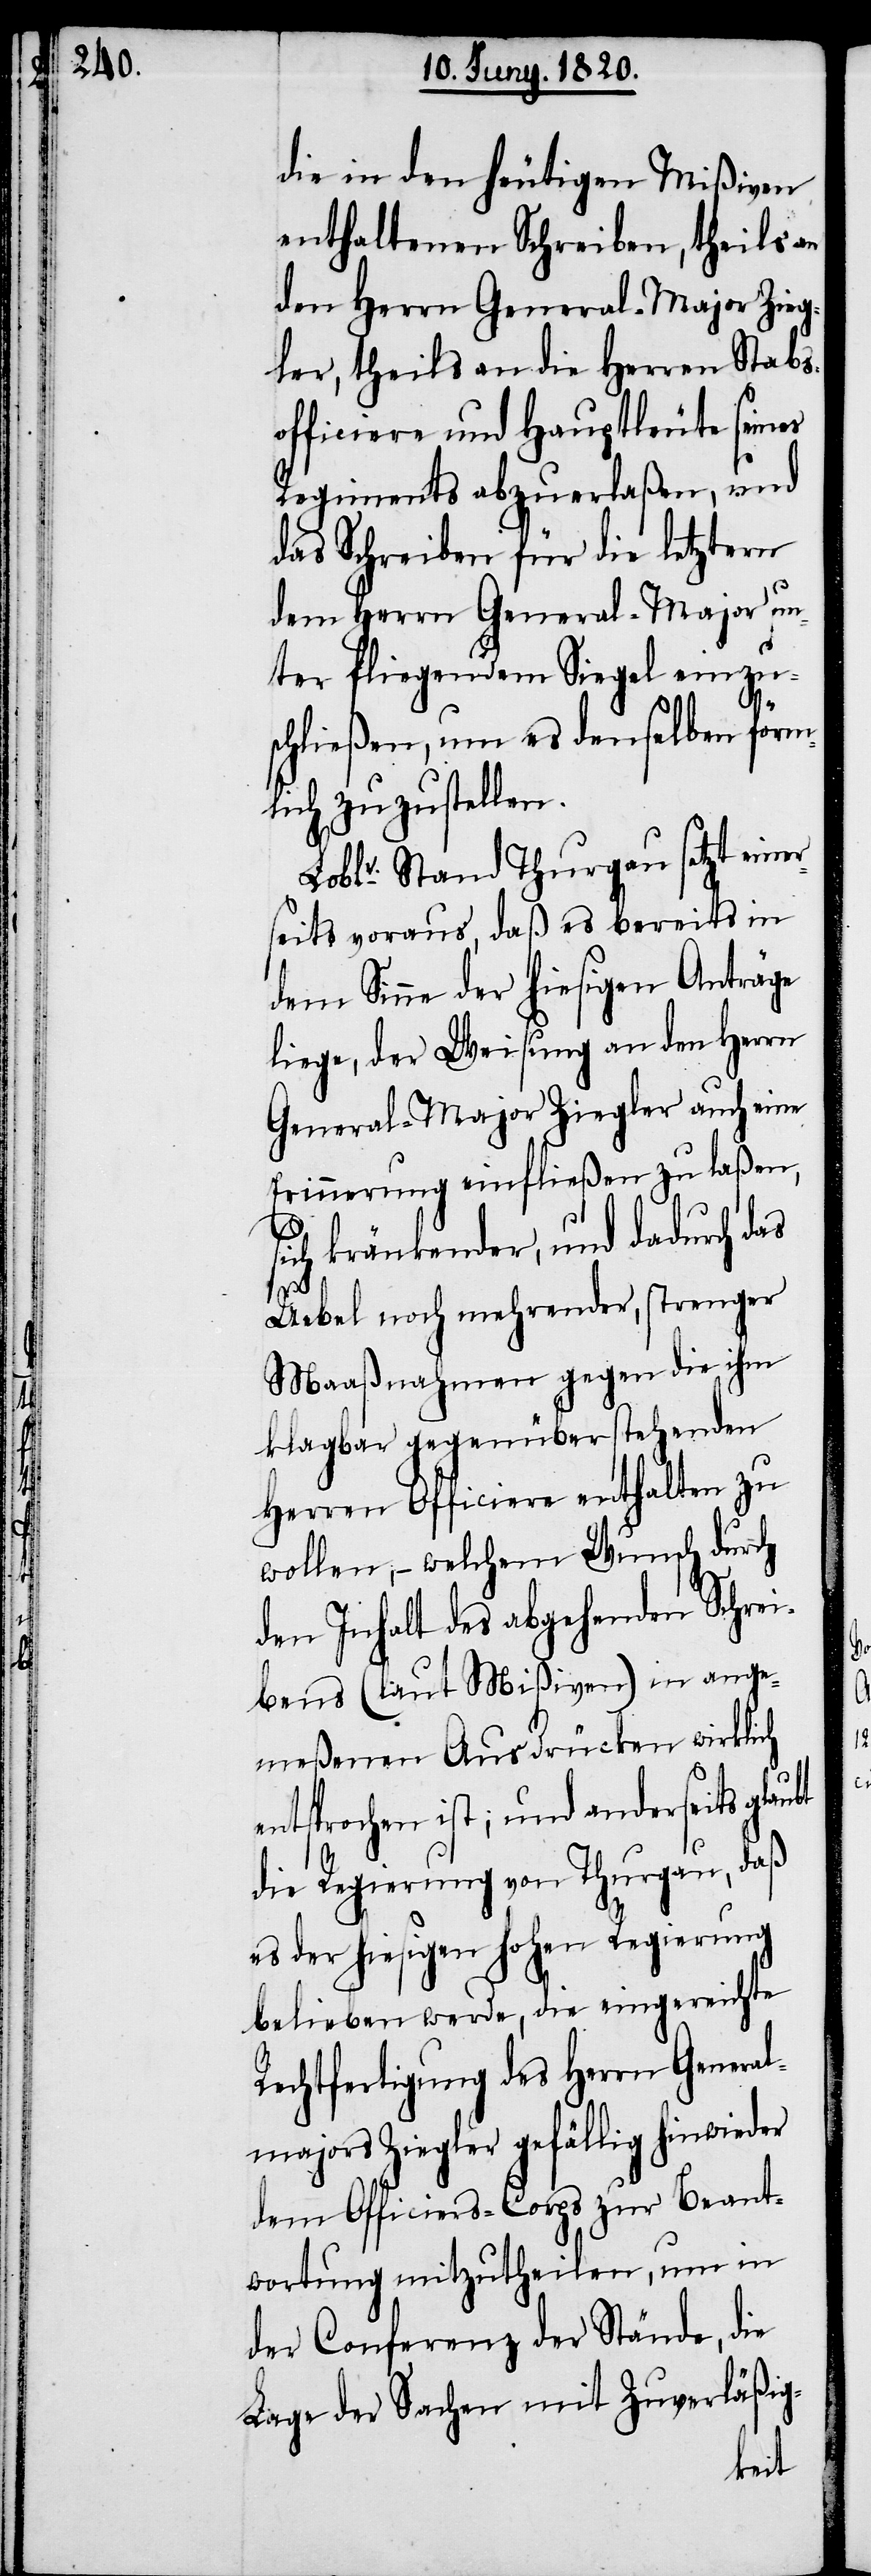
l-majors

die in den heutigen Mißiven
enthaltenen Schreiben, theils an
den Herrn General-Major Zieg¬
ler, theils an die Herren Stabs¬
officiere und Hauptleute seines
Regiments abzuerlaßen, und
das Schreiben für die letztern
dem Herrn General-Major un¬
ter fliegendem Siegel einzu¬
schließen, um es denselben förm¬
lich zuzustellen.
Loblr. Stand Thurgau setzt einer¬
seits voraus, daß es bereits in
dem Sinne der hiesigen Anträge
liege, der Weisung an den Herrn
General-Major Ziegler auch einer
Erinnerung einfließen zu laßen,
sich kränkender, und dadurch das
Uebel noch mehrender, strenger
Maaßnahmen gegen die ihm
klagbar gegenüberstehenden
Herren Officiere enthalten zu
wollen; – welchem Wusch durch
den Inhalt des abgehenden Schrei¬
bens (laut Mißiven) in ange¬
meßenen Ausdrücken wirklich
entsprochen ist, und anderseits
die Regierung von Thurgau, daß
es der hiesigen hohen Regierung
belieben werde, die eingereichte
Rechtfertigung des Herrn Genera¬
[sic!] Ziegler gefällig hinwieder
dem Officiers-Corps zur Beant¬
wortung mitzutheilen, um in
der Conferenz der Stände, die
Lage der Sachen mit Zuverläßig